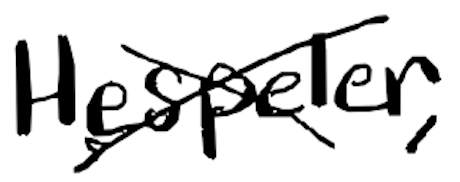
Text: Hespeler,
Cross-out: cross
Writing tool: digital_black